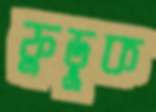
ফুড়ুক